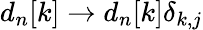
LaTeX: d_{n}[k]\rightarrow d_{n}[k]\delta_{k,j}